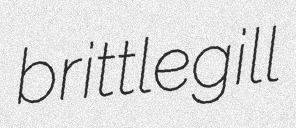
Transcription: brittlegill